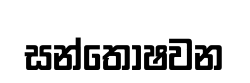
සන්තෝෂවන